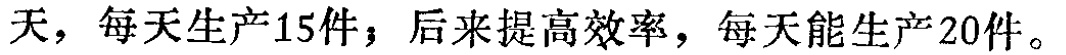
天，每天生产15件；后来提高效率，每天能生产20件。